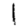
Digit: 1